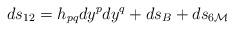
LaTeX: \begin{align*}ds_{12}= h_{pq}dy^pdy^q +ds_B + ds_{6{\cal M}}\end{align*}